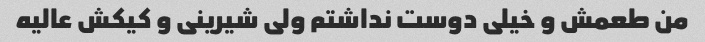
من طعمش و خیلی دوست نداشتم ولی شیرینی و کیکش عالیه